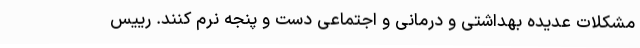
مشکلات عدیده بهداشتی و درمانی و اجتماعی دست و پنجه نرم کنند. رییس